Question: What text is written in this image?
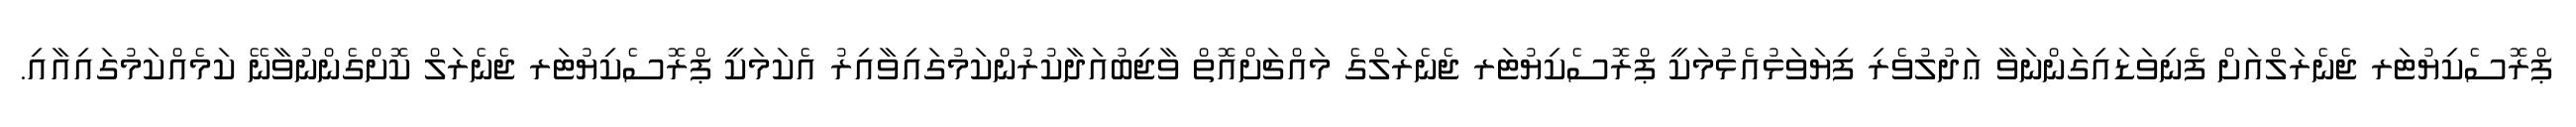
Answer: ޕްރޮސެކިޔުޓަރ ޖެނެރަލްއަށް ފެނިވަޑައިގަންނަވާ ޢަދުލުވެރި ފިޔަވަޅުއެޅުމަކީ ޕްރޮސެކިޔުޓަރ ޖެނެރަލްގެ މައްޗަށްއޮތް ވާޖިބުއަދާކުރުންކަމުގައިވާއިރު އެކަމަކީ ޕްރޮސެކިޔުޓަރ ޖެނެރަލް ކޮށްގެންނުވާނޭ ކަމެއްކަމުގައިއާއި.